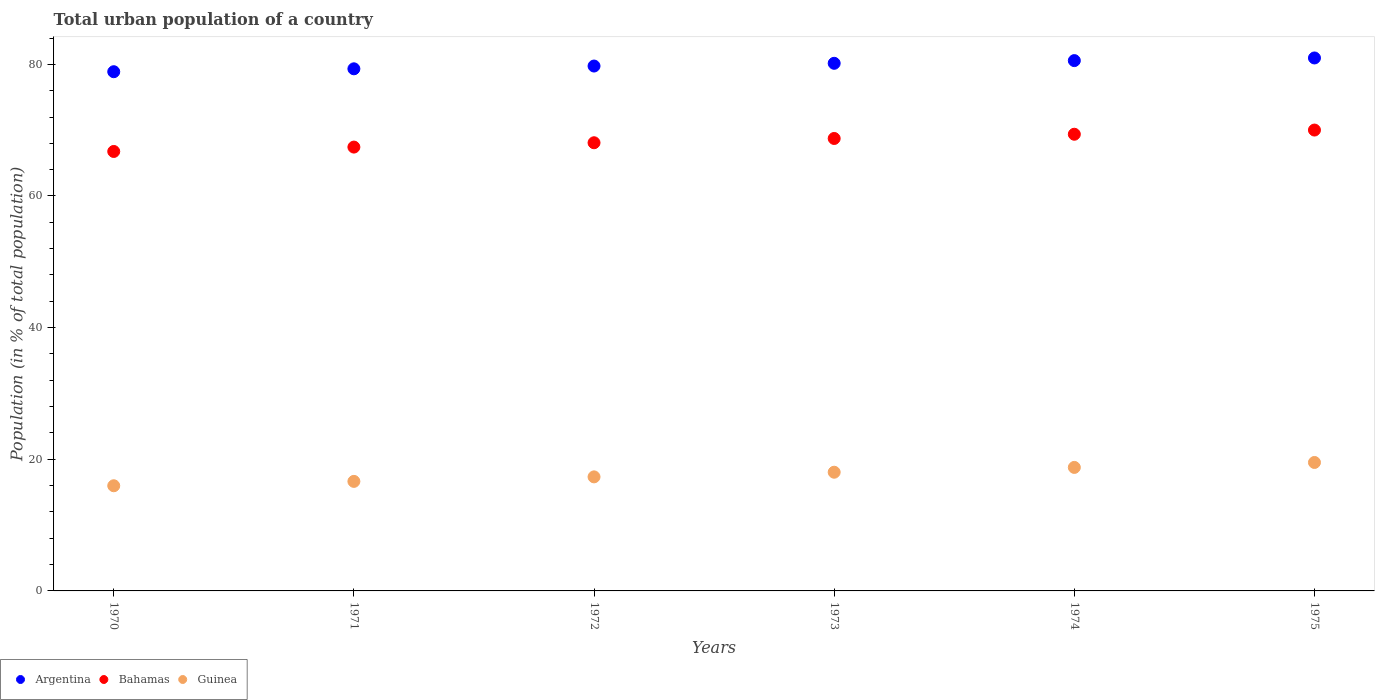
| Years | Argentina | Bahamas | Guinea |
 | --- | --- | --- | --- |
 | 1970 | 78.9 | 66.8 | 16 |
 | 1971 | 79.3 | 67.4 | 16.6 |
 | 1972 | 79.7 | 68.1 | 17.3 |
 | 1973 | 80.2 | 68.7 | 18 |
 | 1974 | 80.6 | 69.4 | 18.8 |
 | 1975 | 81 | 70 | 19.5 |